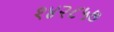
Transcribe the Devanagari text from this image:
१४२८५७